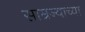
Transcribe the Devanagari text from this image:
साम्रज्याच्या